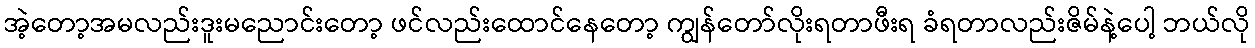
အဲ့တော့အမလည်းဒူးမညောင်းတော့ ဖင်လည်းထောင်နေတော့ ကျွန်တော်လိုးရတာဖီးရ ခံရတာလည်းဇိမ်နဲ့ပေါ့ ဘယ်လို